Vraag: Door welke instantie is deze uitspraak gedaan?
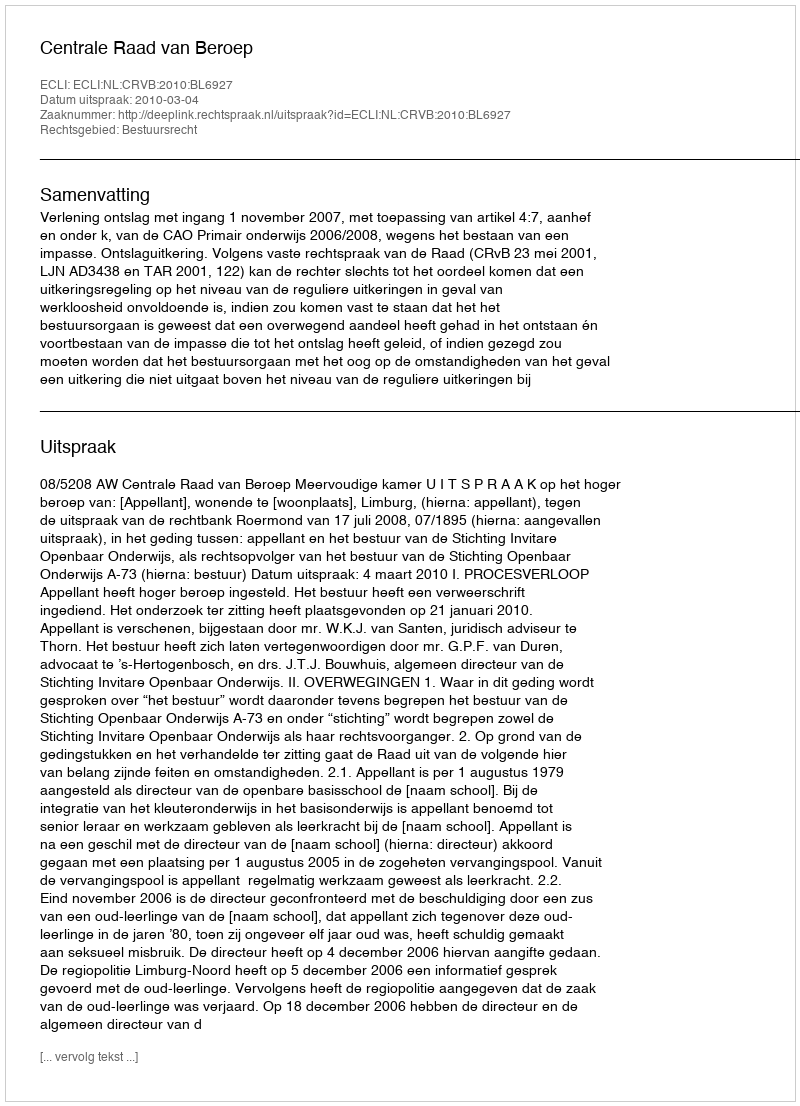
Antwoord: Centrale Raad van Beroep